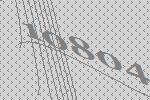
10804